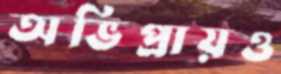
অভিপ্রায়ও